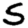
Digit: 5